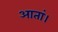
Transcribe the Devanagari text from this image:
आतां।